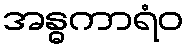
အန္ဓကာရံဝ